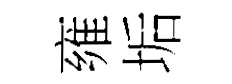
雍垢